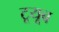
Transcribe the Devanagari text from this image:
टूयूब